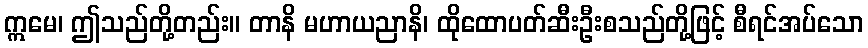
ဣမေ၊ ဤသည်တို့တည်း။ တာနိ မဟာယညာနိ၊ ထိုထောပတ်ဆီးဦးစသည်တို့ဖြင့် စီရင်အပ်သော